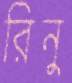
রিনু